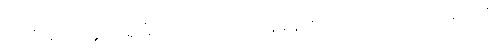
သင်္ခါဒိတွာ အဇ္ဈောဟရာမိ, ဘဂဝတော သာသနံ မနသိကရေယျံ, ဗဟုံ ဝတ မေ ကတံ